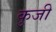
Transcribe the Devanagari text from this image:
कुजी